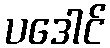
ပဒေါင်